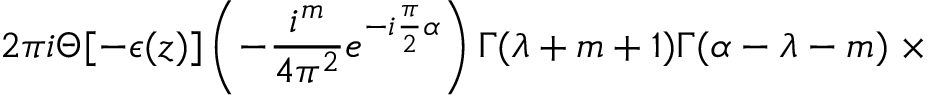
2 \pi i \Theta [ - \epsilon ( z ) ] \left( - \frac { i ^ { m } } { 4 { \pi } ^ { 2 } } e ^ { - i \frac { \pi } { 2 } \alpha } \right) \Gamma ( \lambda + m + 1 ) \Gamma ( \alpha - \lambda - m ) \; \times